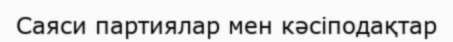
Саяси партиялар мен кәсіподақтар